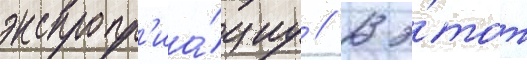
экспропр'иа́циу // В э́тот